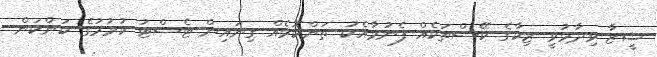
ޝީޒާ ވިދާޅުވީ ޒިކާގެ ކޭސްތަކެއް ފެނުމާއެކު ތަންކޮޅެއް ގިނައިން ޓެސްޓު ކުރުމުގެ ކަންކަން